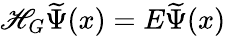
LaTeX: \mathscr{H}_{G}\widetilde{{\Psi}}(x)=E\widetilde{{\Psi}}(x)